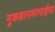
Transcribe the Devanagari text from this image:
नुकसानभरपाईचा